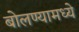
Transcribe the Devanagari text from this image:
बोलण्यामध्ये